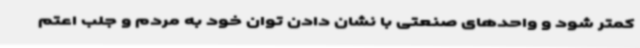
کمتر شود و واحدهای صنعتی با نشان دادن توان خود به مردم و جلب اعتم